Annual statistical returns and brief notes on vaccination in Bengal - 1896-1909
Year: 1896
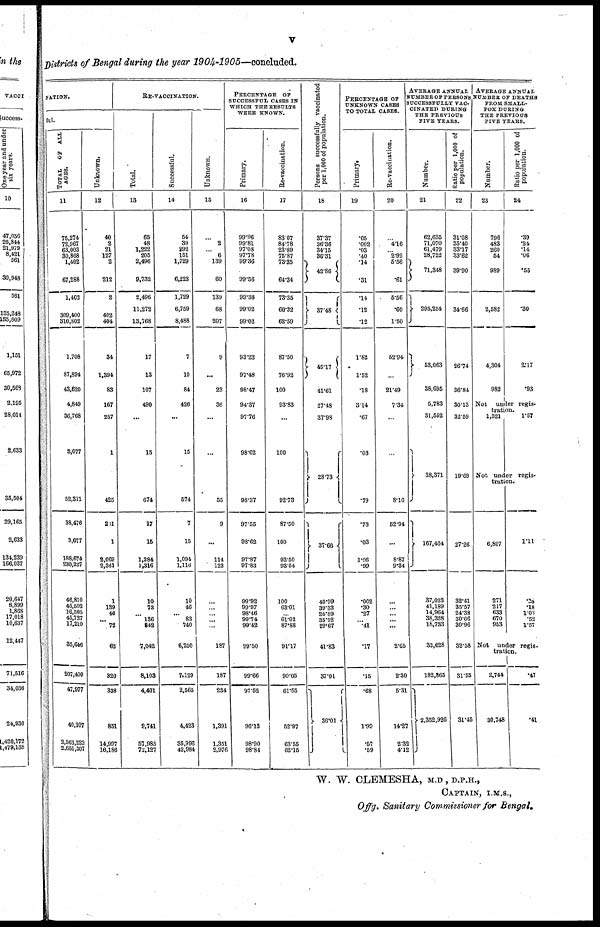
v
Districts of Bengal during the year 1904-1905—concluded.
NATION.
ful.
TOTAL
OF ALL
AGES.
11
75,274
72,967
63,003
30,868
1,402
67,288
1,403
309,400
310,802
1,708
87,894
43,620
4,849
36,768
3,077
62,311
38,476
3,077
188,674
230,227
46,810
46,502
16,505
45,727
17,210
35,646
207,400
47,977
40,107
2,563,223
2,651,307
Unknown.
12
40
2
21
127
2
212
2
402
404
34
1,394
83
167
267
1
425
201
1
2,069
2,361
1
139
46
...
72
62
320
338
851
14,997
16,186
RE-VACCINATION.
Total.
13
65
48
1,222
205
2,496
9,732
2,496
11,272
18,768
17
13
107
490
...
15
674
17
15
1,284
1,316
10
73
...
136
842
7,042
8,103
4,401
9,741
57,985
72,127
Successful.
14
54
39
292
151
1,729
6,223
1,729
6,759
8,488
7
10
84
426
...
15
574
7
15
1,094
1,116
10
46
...
83
740
6,250
7.129
2,565
4,423
35,996
42,984
Unknown.
15
...
2
...
6
139
60
139
68
207
9
...
23
36
...
...
55
9
...
114
123
...
...
...
...
...
187
187
234
1,391
1,351
2,976
PERCENTAGE OF
SUCCESSFUL CASES IN
WHICH THE RESULTS
WERE KNOWN.
Primary.
16
99.96
99.81
97.08
97.78
99.36
99.56
99.36
99.02
99.02
93.23
97.48
98.47
94.37
97.76
98.62
98.37
97.55
98.62
97.87
97.83
99.92
99.97
98.46
99.74
99.42
99.50
99.66
97.52
96.13
98.90
98.84
Re-vaccination.
17
83.07
84.78
23.89
75.87
73.35
64.34
73.35
60.32
62.59
87.50
76.92
100
93.83
...
100
92.73
87.50
100
93.50
93.54
100
63.01
...
61.02
87.88
91.17
90.05
61.55
52.97
63.55
62.15
Persons successfully vaccinated
per 1,000 of population.
18
37.37
36.36
34.15
36.31
42.86
37.48
45.17
41.61
27.48
37.98
28.73
37.66
40.99
39.33
26.89
35.92
29.67
41.83
37.31
36.01
PERCENTAGE OF
UNKNOWN CASES
TO TOTAL CASES.
Primary.
19
.05
.002
.03
.40
.14
.31
.14
.12
.12
1.82
1.52
.18
314
.67
.03
.79
.73
.03
1.06
.99
.002
.30
.27
...
.41
.17
.15
.68
1.99
.57
.59
Re-vaccination.
20
...
4.16
...
2.92
5.56
.61
5.56
.60
1.50
52.94
...
21.49
7.34
...
...
8.16
52.94
...
8.87
9.34
...
...
...
...
...
2.65
2.30
5.31
14.27
2.32
4.12
AVERAGE ANNUAL
NUMBER OF PERSONS
SUCCESSFULLY VAC-
CINATED DURING
THE PREVIOUS
FIVE TEARS.
Number.
21
62,635
71,070
61,479
28,722
71,348
295,254
53,063
38,695
5,783
31,552
38,371
167,464
37,023
41,189
14,964
38,328
18,733
32,628
182,865
2,352,926
Ratio per 1,000 of
population.
22
31.08
35.40
33.17
33.62
39.90
34.66
26.74
36.84
30.13
32.59
19.69
27.26
32.41
35.57
24.38
30.06
30.96
32.58
31.55
31.45
AVERAGE ANNUAL
NUMBER OF DEATHS
FROM SMALL-
POX DURING
THE PREVIOUS
FIVE TEARS.
Number.
23
796
483
260
54
989
2,582
4,304
982
Ratio per 1,000 of
population.
24
.39
.24
.14
.06
.55
.30
2.17
.93
Not under regis-
tration.
1,521
1.57
Not under regis-
tration.
6,807
271
217
633
670
953
1.11
.28
.18
1.03
.52
1.57
Not under regis-
tration.
2,744
30,748
.47
.41
W. W. CLEMESHA, M.D,D.P.H.,
CAPTAIN, I.M.S.,
Offg. Sanitary Commissioner for Bengal.